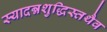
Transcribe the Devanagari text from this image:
स्यादन्नशुद्धिस्तथैव